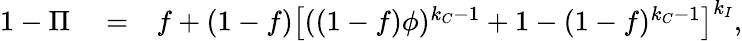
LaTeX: \begin{array}{rlr}{1-\Pi}&{{}=}&{f+(1-f)\left[((1-f)\phi)^{k_{C}-1}+1-(1-f)^{k_{C}-1}\right]^{k_{I}},}\end{array}